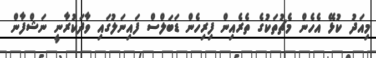
މިއަދު ކުޅޭ އެހެން މެޗުތަކުގެ ތެރެއިން ފިރިހެން ޑަބަލްސް ފައިނަލުގައި ވާދަކުރާނީ ނަޝްފާން